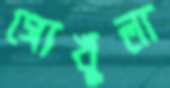
গোখুলা